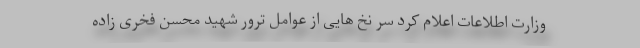
وزارت اطلاعات اعلام کرد سر نخ هایی از عوامل ترور شهید محسن فخری زاده